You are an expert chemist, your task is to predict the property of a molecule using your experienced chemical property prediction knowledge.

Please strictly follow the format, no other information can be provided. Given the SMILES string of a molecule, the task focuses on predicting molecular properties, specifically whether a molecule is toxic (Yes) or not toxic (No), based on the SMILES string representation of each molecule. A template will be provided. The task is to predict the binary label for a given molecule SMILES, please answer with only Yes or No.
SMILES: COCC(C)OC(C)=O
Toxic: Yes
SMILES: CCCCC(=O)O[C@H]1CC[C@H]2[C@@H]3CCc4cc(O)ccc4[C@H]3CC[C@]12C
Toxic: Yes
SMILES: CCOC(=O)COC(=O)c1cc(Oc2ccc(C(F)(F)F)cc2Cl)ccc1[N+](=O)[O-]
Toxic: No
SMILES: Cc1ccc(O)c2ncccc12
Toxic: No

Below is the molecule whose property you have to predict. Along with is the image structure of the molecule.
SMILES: CCN1CCC[C@H]1CNC(=O)c1c(OC)ccc(Br)c1OC
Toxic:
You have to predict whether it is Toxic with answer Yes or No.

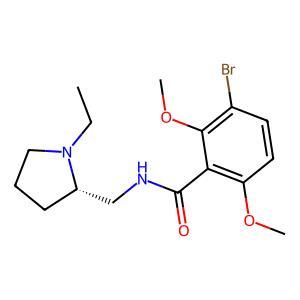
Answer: No